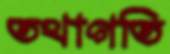
তথাগতি